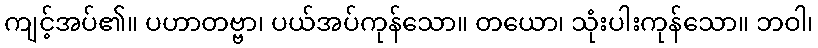
ကျင့်အပ်၏။ ပဟာတဗ္ဗာ၊ ပယ်အပ်ကုန်သော။ တယော၊ သုံးပါးကုန်သော။ ဘဝါ၊